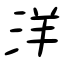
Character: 洋